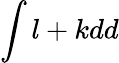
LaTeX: \int l+kdd